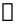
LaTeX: \boldsymbol{\mathscr{x}}